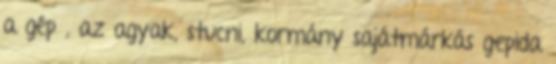
a gép , az agyak, stucni, kormány sajátmárkás gepida